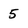
Character: 5